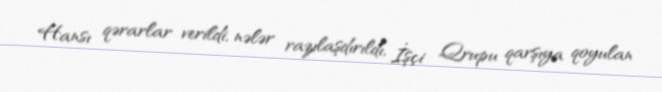
Hansı qərarlar verildi, nələr razılaşdırıldı, İşçi Qrupu qarşıya qoyulan